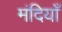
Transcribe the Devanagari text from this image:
मंदियाँ